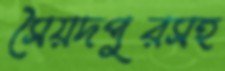
সৈয়দপুরসহ